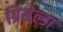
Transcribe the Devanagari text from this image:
ग्रिसेल्डा